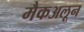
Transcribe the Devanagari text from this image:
मैकअलून